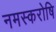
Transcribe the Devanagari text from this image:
नमस्करोषि